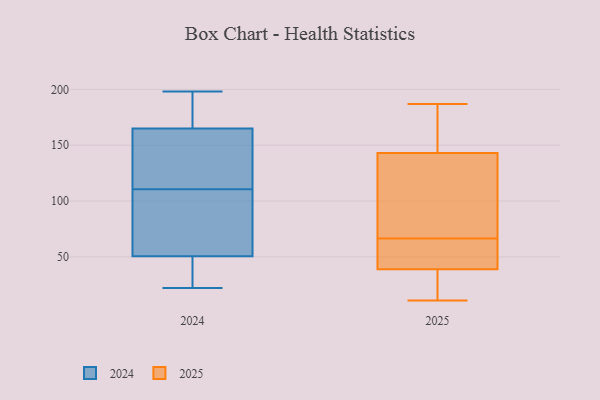
{"axis": {"x": "Conversion Rate (%)", "y": "Value"}, "legend": ["2024", "2025"], "data": [{"x": "", "y": 34, "type": "2025"}, {"x": "", "y": 52, "type": "2025"}, {"x": "", "y": 57, "type": "2025"}, {"x": "", "y": 143, "type": "2025"}, {"x": "", "y": 39, "type": "2025"}, {"x": "", "y": 102, "type": "2025"}, {"x": "", "y": 187, "type": "2025"}, {"x": "", "y": 26, "type": "2025"}, {"x": "", "y": 11, "type": "2025"}, {"x": "", "y": 69, "type": "2025"}, {"x": "", "y": 161, "type": "2025"}, {"x": "", "y": 163, "type": "2025"}, {"x": "", "y": 125, "type": "2025"}, {"x": "", "y": 63, "type": "2025"}, {"x": "", "y": 24, "type": "2025"}, {"x": "", "y": 178, "type": "2025"}, {"x": "", "y": 71, "type": "2025"}, {"x": "", "y": 64, "type": "2025"}, {"x": "", "y": 24, "type": "2024"}, {"x": "", "y": 150, "type": "2024"}, {"x": "", "y": 61, "type": "2024"}, {"x": "", "y": 22, "type": "2024"}, {"x": "", "y": 97, "type": "2024"}, {"x": "", "y": 163, "type": "2024"}, {"x": "", "y": 96, "type": "2024"}, {"x": "", "y": 171, "type": "2024"}, {"x": "", "y": 73, "type": "2024"}, {"x": "", "y": 166, "type": "2024"}, {"x": "", "y": 194, "type": "2024"}, {"x": "", "y": 40, "type": "2024"}, {"x": "", "y": 198, "type": "2024"}, {"x": "", "y": 61, "type": "2024"}, {"x": "", "y": 37, "type": "2024"}, {"x": "", "y": 22, "type": "2024"}, {"x": "", "y": 164, "type": "2024"}, {"x": "", "y": 124, "type": "2024"}, {"x": "", "y": 174, "type": "2024"}, {"x": "", "y": 134, "type": "2024"}]}